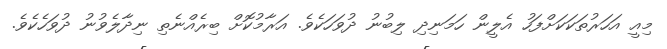
މިއީ އަހަރުތަކަކަށްފަހު އެލީން ހަމަނިދި ލިބުނު ދުވަހަކެވެ. އަރާމުކޮށް ބިރެއްނެތި ނިދާލެވުނު ދުވަހެކެވެ.